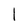
Character: l